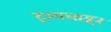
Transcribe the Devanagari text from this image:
ट्रामलाइन